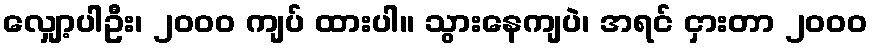
လျှော့ပါဦး၊ ၂၀၀၀ ကျပ် ထားပါ။ သွားနေကျပဲ၊ အရင် ငှားတာ ၂၀၀၀